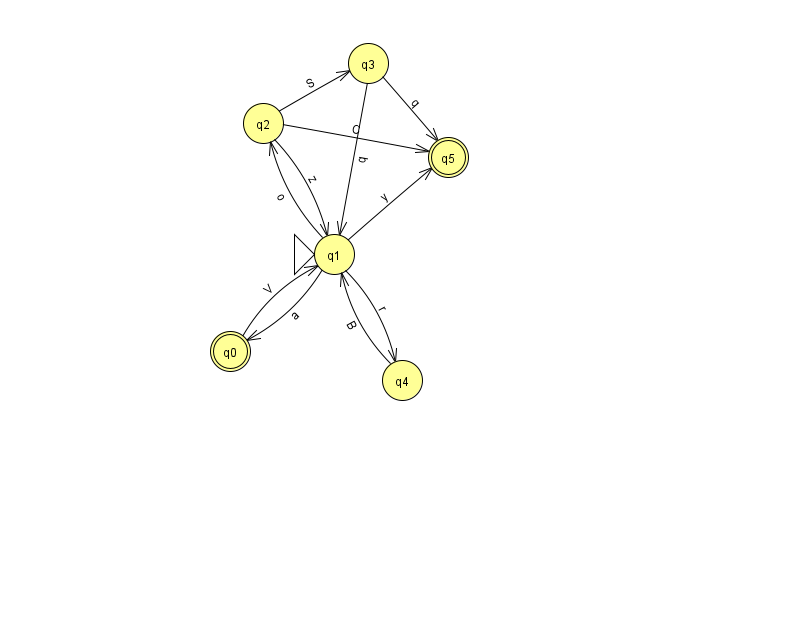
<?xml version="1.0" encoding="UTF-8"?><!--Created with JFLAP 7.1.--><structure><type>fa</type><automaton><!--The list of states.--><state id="0" name="q0"><x>230.0</x><y>338.0</y><final/></state><state id="1" name="q1"><x>334.0</x><y>241.0</y><initial/></state><state id="2" name="q2"><x>263.0</x><y>110.0</y></state><state id="3" name="q3"><x>368.0</x><y>50.0</y></state><state id="4" name="q4"><x>402.0</x><y>367.0</y></state><state id="5" name="q5"><x>448.0</x><y>144.0</y><final/></state><!--The list of transitions.--><transition><from>1</from><to>4</to><read>r</read></transition><transition><from>4</from><to>1</to><read>B</read></transition><transition><from>1</from><to>5</to><read>y</read></transition><transition><from>3</from><to>5</to><read>q</read></transition><transition><from>2</from><to>1</to><read>z</read></transition><transition><from>2</from><to>3</to><read>S</read></transition><transition><from>3</from><to>1</to><read>q</read></transition><transition><from>2</from><to>5</to><read>C</read></transition><transition><from>0</from><to>1</to><read>V</read></transition><transition><from>1</from><to>0</to><read>a</read></transition><transition><from>1</from><to>2</to><read>o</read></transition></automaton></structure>